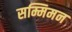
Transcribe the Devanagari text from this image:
सम्मिमन